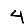
Digit: 4